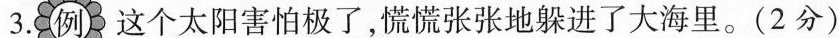
3.例这个太阳害怕极了，慌慌张张地躲进了大海里。(2分)